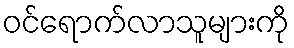
ဝင်ရောက်လာသူများကို